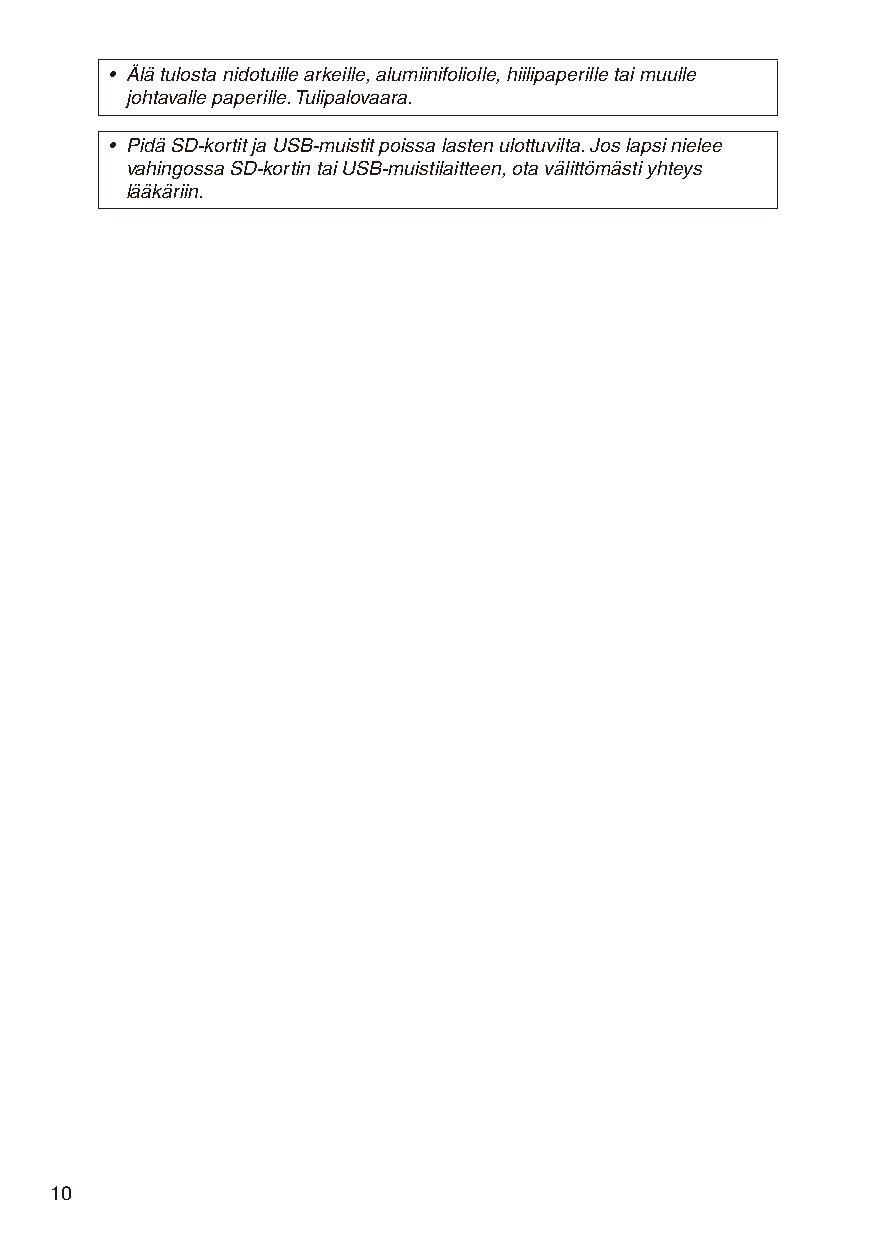
• Älä tulosta nidotuille arkeille, alumiinifoliolle, hiilipaperille tai muulle
 johtavalle paperille. Tulipalovaara.
 • Pidä SD-kortit ja USB-muistit poissa lasten ulottuvilta. Jos lapsi nielee
 vahingossa SD-kortin tai USB-muistilaitteen, ota välittömästi yhteys
 lääkäriin.
 10